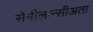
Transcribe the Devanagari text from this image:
सेमीलान्सीअता